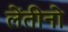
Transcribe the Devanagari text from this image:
लेंतीनो